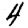
Digit: 4